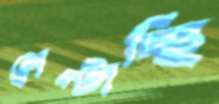
লেপ্‌টাচ্ছি